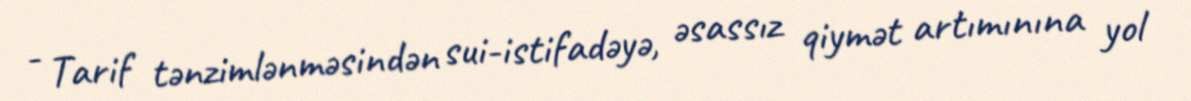
- Tarif tənzimlənməsindən sui-istifadəyə, əsassız qiymət artımınına yol